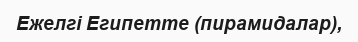
Ежелгі Египетте (пирамидалар),